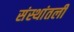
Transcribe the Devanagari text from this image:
संस्थांतली